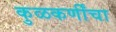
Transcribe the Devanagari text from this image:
कुळकर्णींचा